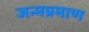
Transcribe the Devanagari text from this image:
जन्मप्रमाण